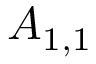
A _ { 1 , 1 }